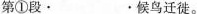
第①段·。候鸟迁徙。